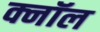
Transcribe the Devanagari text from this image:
क्नॉल